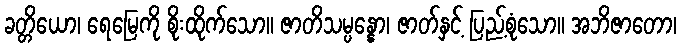
ခတ္တိယော၊ ရေမြေကို စိုးထိုက်သော။ ဇာတိသမ္ပန္နော၊ ဇာတ်နှင့် ပြည့်စုံသော။ အဘိဇာတော၊